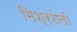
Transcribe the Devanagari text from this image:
मिश्रशेती